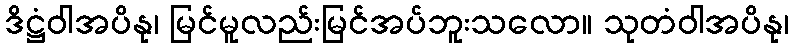
ဒိဋ္ဌံဝါအပိနု၊ မြင်မူလည်းမြင်အပ်ဘူးသလော။ သုတံဝါအပိနု၊